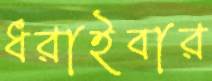
ধরাইবার